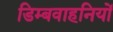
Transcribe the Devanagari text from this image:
डिम्बवाहनियों